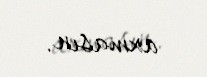
axmasın.